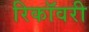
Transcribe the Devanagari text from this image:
रिकॉवरी